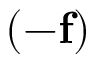
( - \mathbf { f } )